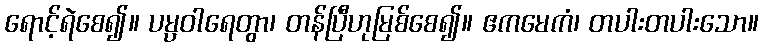
ရောင့်ရဲစေ၍။ ပမ္ပဝါရေတွာ၊ တန်ပြီဟုမြစ်စေ၍။ ဧကမေကံ၊ တပါးတပါးသော။